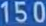
150